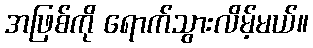
အဖြစ်ကို ရောက်သွားလိမ့်မယ်။